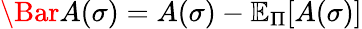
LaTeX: \Bar{A}(\sigma)=A(\sigma)-\mathbb{E}_{\Pi}[A(\sigma)]